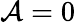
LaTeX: \mathcal{A}=0